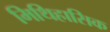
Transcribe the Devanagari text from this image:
मिथिहासिक